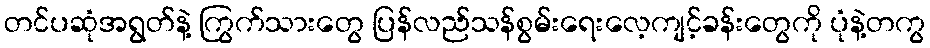
တင်ပဆုံအရွတ်နဲ့ ကြွက်သားတွေ ပြန်လည်သန်စွမ်းရေးလေ့ကျင့်ခန်းတွေကို ပုံနဲ့တကွ